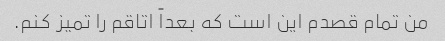
من تمام قصدم این است که بعداً اتاقم را تمیز کنم.